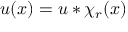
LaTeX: u ( x ) = u * \chi _ { r } ( x )